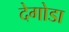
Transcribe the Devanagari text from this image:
देगोडा